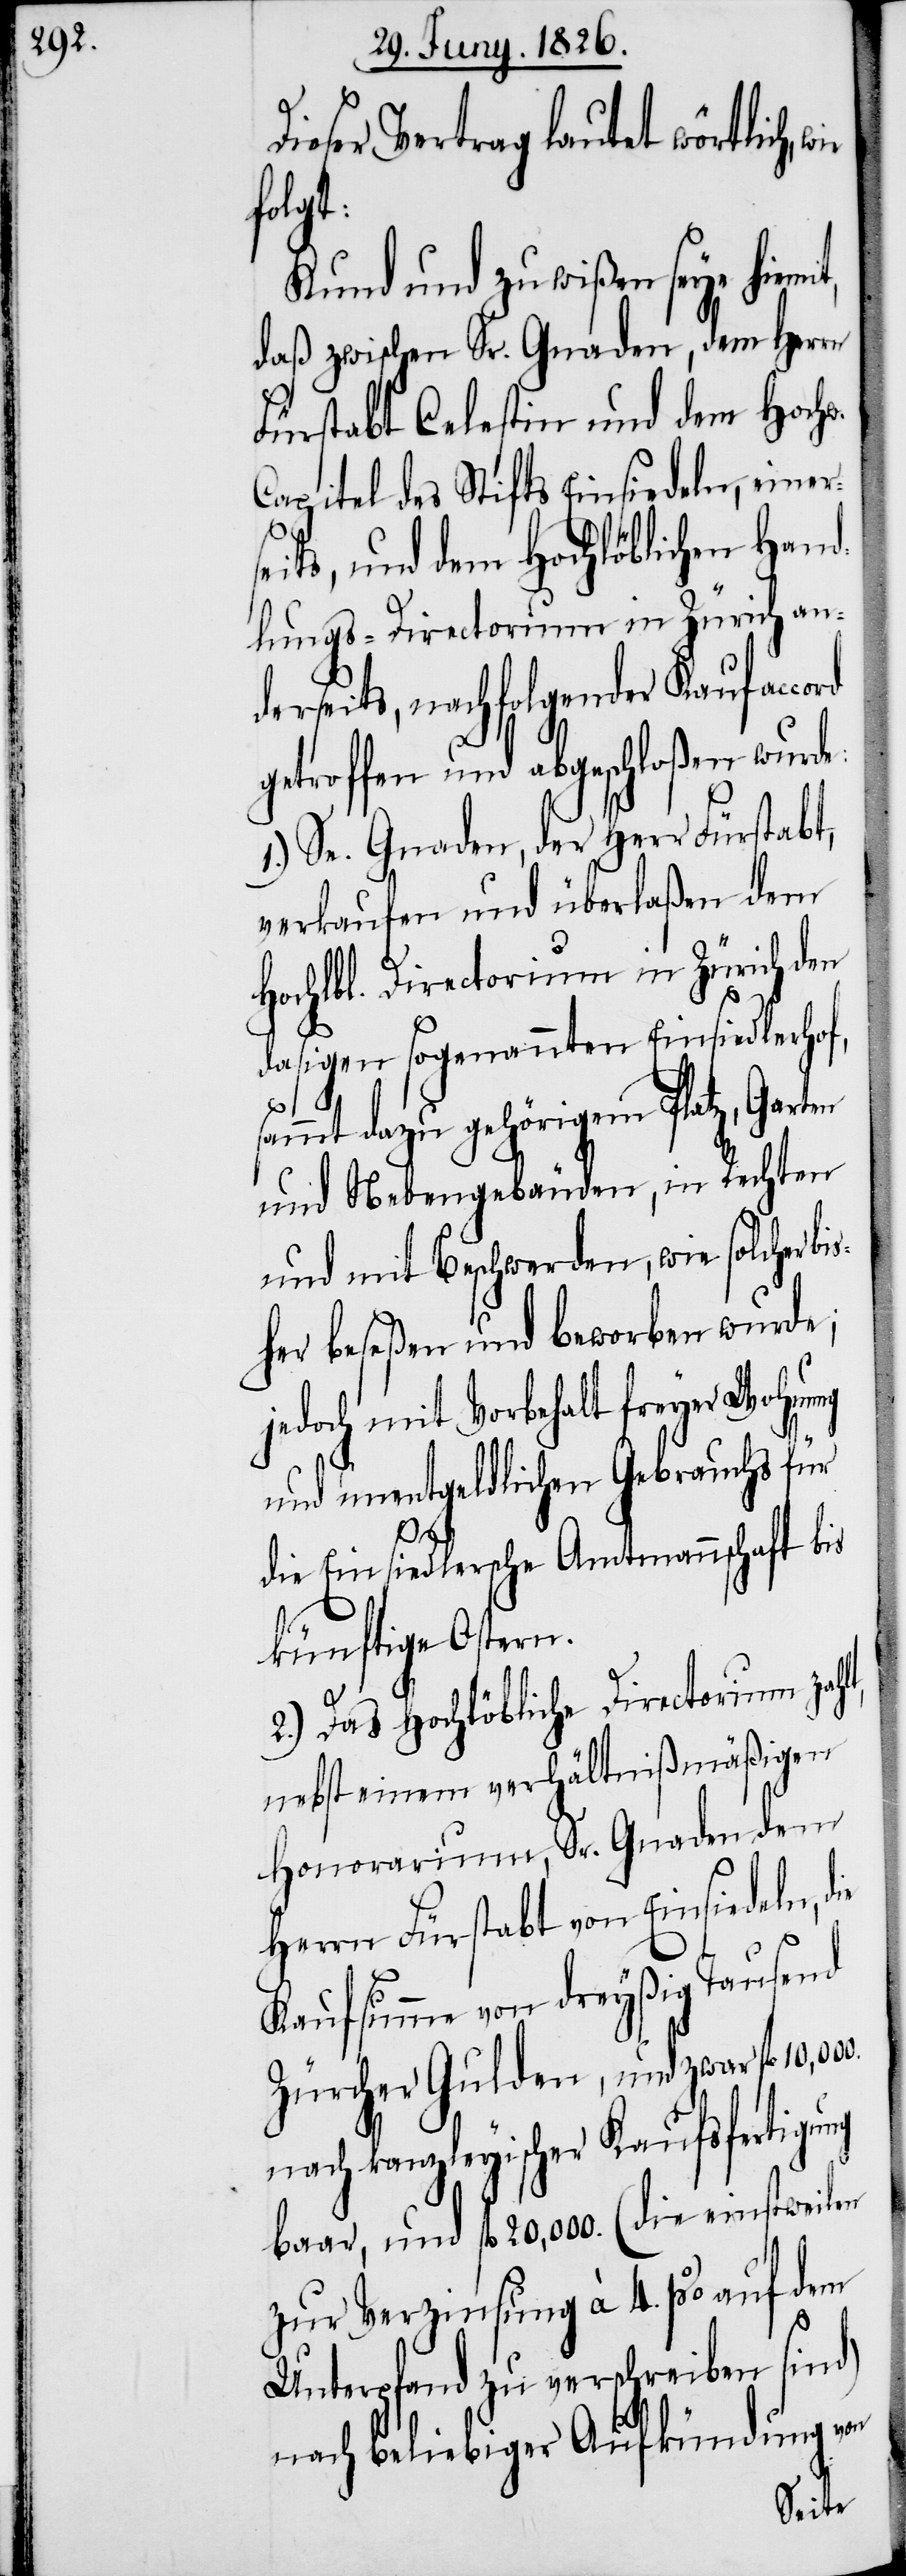
Dieser Vertrag lautet wörtlich,
folgt:
Kund und zu wißen seye hiem¬
daß zwischen Sr. Gnaden, dem Herrn
Fürstabt Celestin und dem Hochw.
Capitel des Stifts Einsiedeln, einer¬
seits, und dem Hochlöblichen Hand¬
lungs-Directorium in Zürich an¬
derseits, nachfolgender Kaufacc¬
getroffen und abgeschloßen wurde:
1.) Se. Gnaden, der Herr Fürstabt,
verkaufen und überlaßen dem
Hochlbl. Directorium in Zürich den
dasigen sogenannten Einsiedlerhof,
sammt dazugehörigem Platz, Garten
und Nebengebäuden, in Rechten
und mit Beschwerden, wie solcher b¬
her beseßen und beworben wurde;
jedoch mit Vorbehalt freyer Wohnu¬
und unentgeldlichen Gebrauchs für
ie
die Einsiedlersche Amtmannschaft bis
künftige Ostern.
2.) Das Hochlöbliche Directorium zahlt,
nebst einem verhältnißmäßigen
Honorarium, Sr. Gnaden dem
Herrn Fürstabt von Einsiedeln, d¬
Kaufsumme von dreyßig Tausend
Zürcher Gulden, und zwar fl.
nach kanzleyischer Kaufsfertigung
baar, und fl. 20,000. (die einstweilen
zur Verzinsung à 4. % auf dem
Unterpfand zu verschreiben sind)
nach beliebiger Aufkündung von